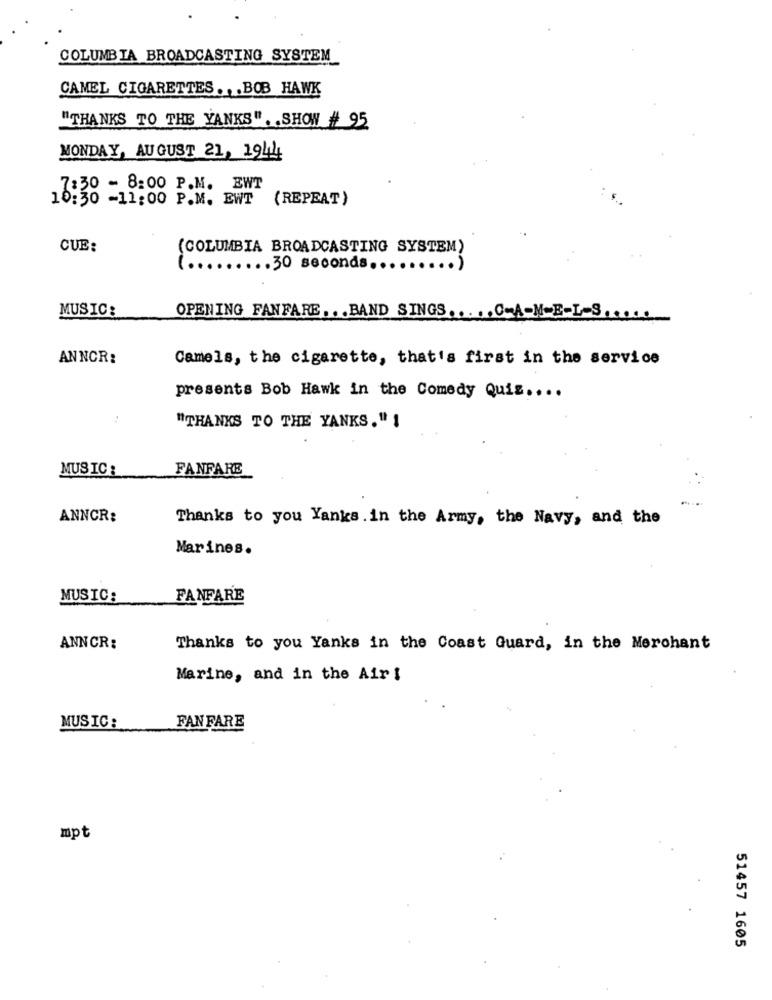
COLUMBIA BROADCASTING SYSTEM
CAMEL CIGARETTES .. . BOB HAWK
"THANKS TO THE YANKS". . SHOW # 95
MONDAY, AUGUST 21, 1944
7:30 - 8:00 P.M. EWT
10:30 -11:00 P.M. EWT
(REPEAT)
CUE:
(COLUMBIA BROADCASTING SYSTEM)
....... 30 seconds ......... )
MUSIC:
OPENING FANFARE ... BAND SINGS ..... C-A-M-E-L-S .....
ANNOR:
Camels, the cigarette, that's first in the service
presents Bob Hawk in the Comedy Quis ....
"THANKS TO THE YANKS." !
MUSIC:
FANFARE
ANNCR:
Thanks to you Yanks. in the Army, the Navy, and the
Marines.
MUSIC:
FANFARE
ANNCR:
Thanks to you Yanks in the Coast Guard, in the Merchant
Marine, and in the Air !
MUSIC:
FAN FARE
mpt
51457 1605